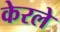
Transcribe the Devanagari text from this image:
केरले